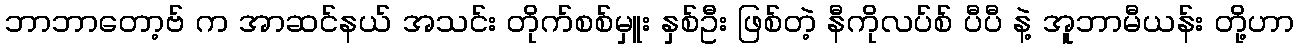
ဘာဘာတော့ဗ် က အာဆင်နယ် အသင်း တိုက်စစ်မှူး နှစ်ဦး ဖြစ်တဲ့ နီကိုလပ်စ် ပီပီ နဲ့ အူဘာမီယန်း တို့ဟာ